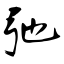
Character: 弛